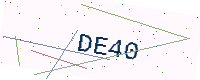
Text: DE40